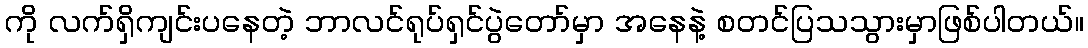
ကို လက်ရှိကျင်းပနေတဲ့ ဘာလင်ရုပ်ရှင်ပွဲတော်မှာ အနေနဲ့ စတင်ပြသသွားမှာဖြစ်ပါတယ်။